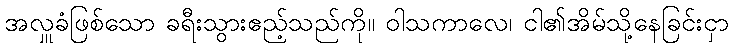
အလှူခံဖြစ်သော ခရီးသွားဧည့်သည်ကို။ ဝါသကာလေ၊ ငါ၏အိမ်သို့နေခြင်းငှာ